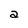
Character: a